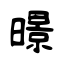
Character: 暻